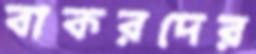
বাকরদের